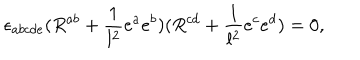
LaTeX: \epsilon _ { a b c d e } ( R ^ { a b } + { \frac { 1 } { l ^ { 2 } } } e ^ { a } e ^ { b } ) ( R ^ { c d } + { \frac { 1 } { l ^ { 2 } } } e ^ { c } e ^ { d } ) = 0 ,